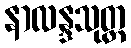
နာလန္ဒသုတ္တ